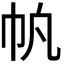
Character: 𫶿